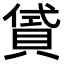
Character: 𧶣